Lunatic asylums Bombay report 1891-1903 - 1891-1903
Year: 1891
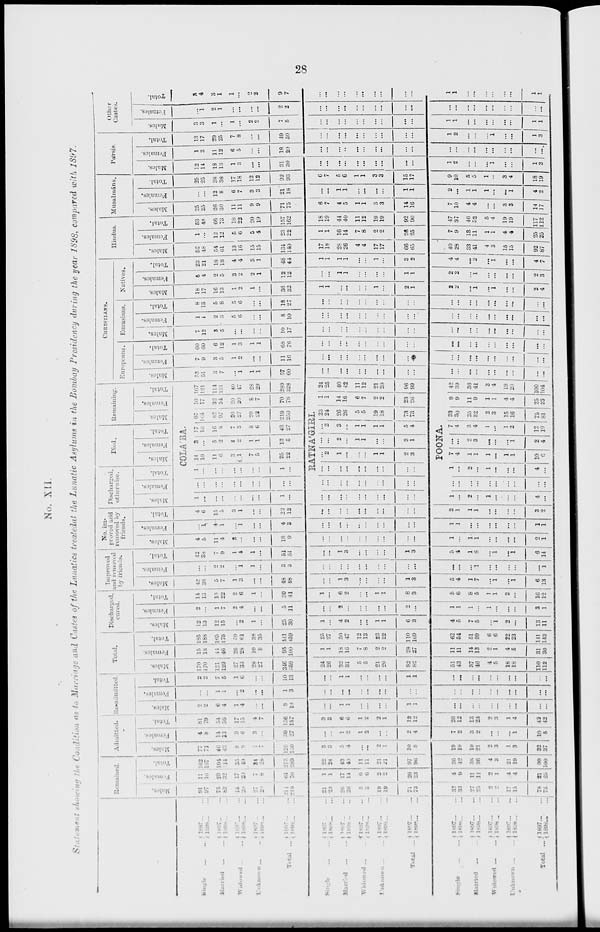
28
No. XII.
Statement showing the Condition as to Marriage and Castes of the Lunatics treatedat the Lunatic Asylums in the Bombay Presidency during the year 1898, compared with 1897.
Single
...
...
Married
...
...
Widowed ... ...
Uuknown ... ...
Total ...
Single
...
...
Married
...
...
Widowed
...
...
Unknown
...
...
Total ...
Single
...
...
Married ... ...
Widowed
...
...
Unknown
...
...
Total
...
1897 ... ...
1898 ... ...
1897 ... ...
1898 ... ...
1897 ... ...
1898 ... ...
1897 ... ...
1898 ... ...
1897 ... ...
1898 ... ...
1897 ... ...
1898 ... ...
1897 ... ...
1898 ... ...
1897 ... ...
1898 ... ...
1897 ... ...
1898 ... ...
1897 ... ...
1898 ... ...
1897
...
...
1898 ... ...
1897 ... ...
1898 ... ...
1897 ... ...
1898 ... ...
1897 ... ...
1898 ... ...
1897 ... ...
1898 ... ...
Remained.
Males.
91
97
75
82
18
20
27
20
214
219
21
23
26
26
5
5
19
19
71
73
32
33
27
25
2
2
17
15
78
75
Females.
11
10
29
32
17
20
7
8
64
70
1
1
17
14
6
6
2
2
26
23
4
9
11
11
2
1
4
4
21
25
Total
102
107
104
114
35
40
34
28
275
289
22
24
43
40
11
11
21
21
97
96
36
42
38
36
4
3
21
19
99
100
Admitted.
Males.
77
71
40
43
8
9
1
...
126
136
3
3
5
4
...
...
2
1
10
8
19
10
10
21
2
3
1
3
32
37
Females.
4
8
14
13
9
6
3
...
30
27
...
...
1
2
1
2
...
...
2
4
7
2
3
2
...
...
...
1
10
5
Total.
81
79
54
56
17
15
4
7
156
157
3
3
6
6
1
2
2
1
12
12
26
12
13
23
2
3
1
4
42
42
Re-admitted.
Males.
2
2
6
4
1
4
...
...
9
10
...
...
1
1
...
...
...
...
1
1
...
...
...
...
...
...
...
...
...
...
Females.
...
...
1
1
...
2
...
...
1
3
...
...
...
...
...
...
...
...
...
...
...
...
...
...
...
...
...
...
...
...
Total.
2
2
7
5
1
6
...
...
10
13
...
...
1
1
...
...
...
...
1
1
...
...
...
...
...
...
...
...
...
Total.
Males.
170
170
121
129
27
33
28
27
346
359
24
26
32
31
5
5
21
20
82
82
51
43
37
46
4
5
18
18
110
112
Females.
15
18
44
46
26
28
10
8
95
100
1
1
18
16
7
8
2
2
28
27
11
11
14
13
2
1
4
6
31
30
Total.
185
188
165
175
59
61
38
35
441
459
25
27
50
47
12
13
23
22
110
109
62
54
51
59
6
6
22
23
141
142
Discharged,
cured.
Males.
12
13
12
15
...
2
1
...
25
30
1
...
4
2
...
...
1
1
6
3
4
5
7
5
...
1
2
...
13
11
Females.
2
...
1
7
2
4
...
...
5
11
...
...
2
...
...
...
...
...
2
...
1
1
1
...
1
...
...
...
3
1
Total.
14
13
13
22
2
6
1
...
30
41
1
...
6
2
...
...
1
1
8
3
5
6
8
5
1
1
2
...
16
12
Improved
and removed
by friends.
Males.
42
38
5
7
1
3
...
...
48
48
...
...
1
3
...
...
...
...
1
3
5
4
1
7
...
1
...
1
6
13
Females.
...
...
2
2
...
1
1
...
3
3
...
...
...
...
...
...
...
...
...
...
...
...
...
1
...
...
...
...
...
1
Total.
42
33
7
9
1
4
1
...
51
51
...
...
1
3
...
...
...
...
1
3
5
4
1
8
...
1
...
1
6
14
No. im-
proved and
removed by
friends.
Males.
4
5
11
4
3
...
...
...
18
9
...
...
...
...
...
...
...
...
...
...
1
...
1
1
...
...
...
...
2
1
Females.
...
1
4
1
...
1
...
...
4
3
...
...
...
...
...
...
...
...
...
...
1
1
...
...
...
...
...
...
1
1
Total.
4
6
15
5
3
1
...
...
22
12
...
...
...
...
...
...
...
...
...
...
2
1
1
1
...
...
...
...
3
2
Discharged,
otherwise.
Males. Females. Total.
Died.
Males. Females. Total.
Remaining.
Males.
Females. Total.
COLÁBA.
1
...
...
...
...
...
...
...
1
...
...
...
...
...
...
...
...
...
...
...
1
...
...
...
...
...
...
...
1
...
14
10
11
6
3
1
7
5
35
22
3
...
5
2
4
2
1
1
13
5
17
10
16
8
7
3
8
6
48
27
97
104
82
97
20
27
20
22
219
250
10
17
32
34
20
20
8
7
70
78
107
121
114
131
40
47
28
29
289
328
RATNÁGIRI.
...
...
...
...
...
...
...
...
...
...
...
...
...
...
...
...
...
...
...
...
...
...
...
...
...
...
...
...
...
...
...
2
1
...
...
...
1
1
2
3
...
...
2
...
1
1
...
...
3
1
...
2
3
...
1
1
1
1
5
4
23 24
26
26
5
5
19
18
73
73
1
1
14
16
6
7
2
2
23
26
24
25
40
42
11
12
21
20
96
99
POONA.
1
...
2
...
1
...
...
...
4
...
...
...
...
...
...
...
...
...
...
...
1
...
2
...
1
...
...
...
4
...
7
4
1
1
1
...
1
1
10
6
...
...
2
3
...
...
...
1
2
4
7
4
3
4
1
...
1
2
12
10
33
30
25
32
2
3
15
16
75
81
9
9
11
9
1
1
4
4
25
23
42
39
36
41
3
4
19
20
100
104
CHRISTIANS.
Europeans.
Males.
53
51
3
7
...
1
1
1
57
60
...
...
...
...
...
...
...
...
...
...
...
...
...
...
...
...
...
...
...
...
Females.
7
9
3
5
1
2
...
...
11
16
...
...
...
...
...
...
...
...
...
...
...
...
...
...
...
...
...
...
...
...
Total.
60
60
6
12
1
3
1
1
68
76
...
...
...
...
...
...
...
...
...
...
...
...
...
...
...
...
...
...
...
...
Eurasians.
Males.
7
12
3
5
...
...
...
...
10
17
...
...
...
...
...
...
...
...
...
...
...
...
...
...
...
...
...
...
...
...
Females.
1
1
2
3
5
6
...
...
8
10
...
...
...
...
...
...
...
...
...
...
...
...
...
...
...
...
...
...
...
...
Total.
8
13
5
8
5
6
...
...
18
27
...
...
...
...
...
...
...
...
...
...
...
...
...
...
...
...
...
...
...
...
Natives.
Males.
18
17
16
13
1
2
1
...
36
32
1
1
...
...
...
...
1
...
2
1
2
2
...
1
...
1
...
...
2
4
Females.
5
4
2
5
3
2
2
1
12
12
...
...
1
1
...
...
...
...
1
1
2
2
...
1
...
...
...
...
2
3
Total
23
21
18
18
4
4
3
1
48
44
1
1
1
1
...
...
1
...
3
2
4
4
...
2
...
1
...
...
4
7
Hindus.
Males.
52
48
54
61
13
16
15
15
134
140
17
18
28
26
4
4
17
17
66
65
40
28
33
41
4
3
15
15
92
87
Females.
1
...
12
12
5
6
5
4
23
22
1
1
16
14
7
8
2
2
26
25
7
9
13
11
1
1
4
4
25
25
Total.
53
48
66
73
18
22
20
19
157
162
18
19
44
40
11
12
19
19
92
90
47
37
46
52
5
4
19
19
117
112
Musalmáns.
Males.
25
25
26
30
11
11
9
9
71
75
6
7
4
5
1
1
3
3
14
16
7
10
4
4
...
...
3
3
14
17
Females.
...
...
12
8
6
7
3
3
21
18
...
...
1
1
...
...
...
...
1
1
2
...
1
1
1
...
...
1
4
2
Total.
25
25
38
38
17
18
12
12
92
93
6
7
5
6
1
1
3
3
15
17
9
10
5
5
1
...
3
4
18
19
Pársis.
Males.
12
14
18
13
1
3
...
...
31
30
...
...
...
...
...
...
...
...
...
...
1
2
...
...
...
1
...
...
1
3
Females.
1
3
11
12
6
5
...
...
18
20
...
...
...
...
...
...
...
...
...
...
...
...
...
...
...
...
...
...
...
...
Total.
13
17
29
25
7
8
...
...
49
50
...
...
...
...
...
...
...
...
...
...
1
2
...
...
...
1
...
...
1
3
Other
Castes.
Males.
3
3
1
...
1
...
2
2
7
5
...
...
...
...
...
...
...
...
...
...
1
1
...
...
...
...
...
...
1
1
Females.
...
1
2
1
...
...
...
...
2
2
...
...
...
...
...
...
...
...
...
...
...
...
...
...
...
...
...
...
...
...
Total.
3
4
3
1
1
...
2
2
9
7
...
...
...
...
...
...
...
...
...
...
1
1
...
...
...
...
...
...
1
1